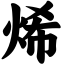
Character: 烯